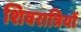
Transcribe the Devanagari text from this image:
शिवरात्रियों